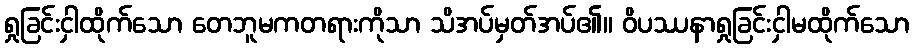
ရှုခြင်းငှါထိုက်သော တေဘူမကတရားကိုသာ သိအပ်မှတ်အပ်၏။ ဝိပဿနာရှုခြင်းငှါမထိုက်သော